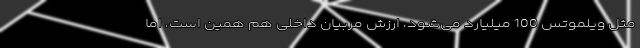
مثل ویلموتس 100 میلیارد می‌شود، ارزش مربیان داخلی هم همین است، اما